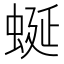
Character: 蜒